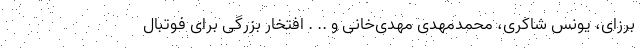
برزای، یونس شاکری، محمدمهدی مهدی‌خانی و .. . افتخار بزرگی برای فوتبال